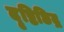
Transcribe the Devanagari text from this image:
दृष्टिछिद्र